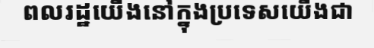
ពលរដ្ឋយើងនៅក្នុងប្រទេសយើងជា